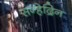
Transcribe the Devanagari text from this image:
सन्हेद्रिन